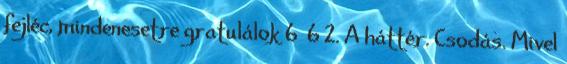
fejléc, mindenesetre gratulálok 6 6 2. A háttér. Csodás. Mivel